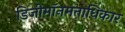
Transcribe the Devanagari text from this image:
डिजीमॉनमताधिकार